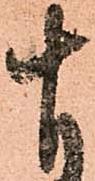
十